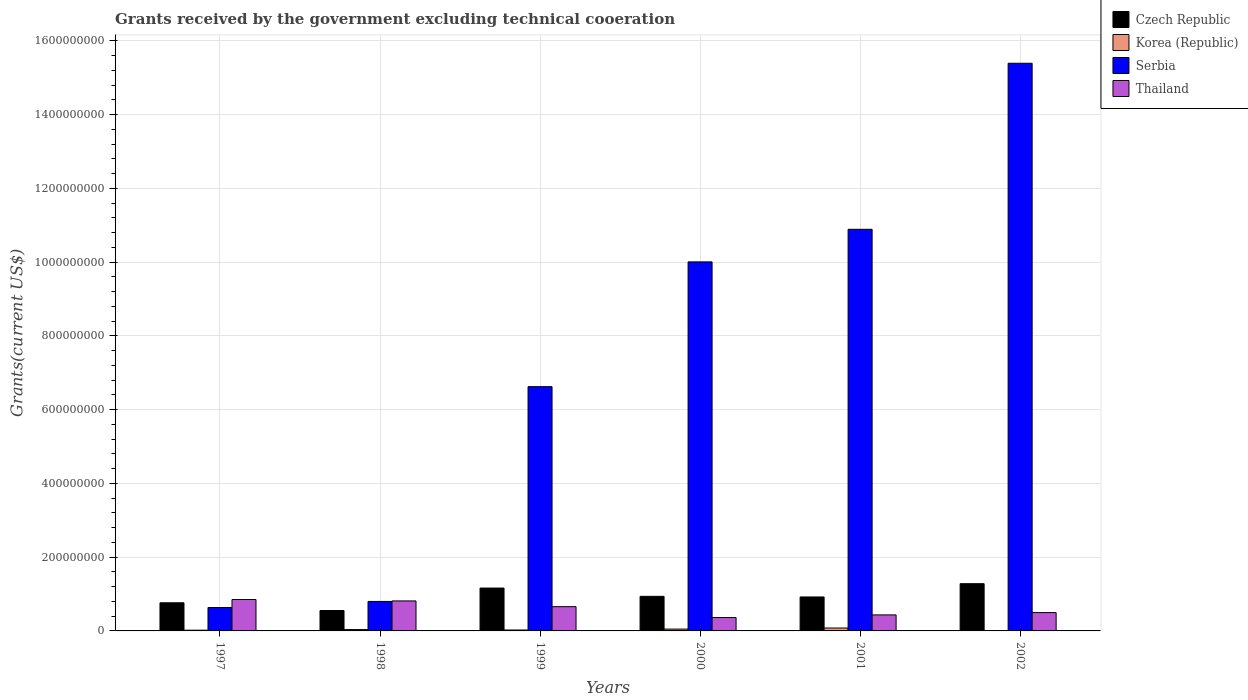
| Years | Czech Republic | Korea (Republic) | Serbia | Thailand |
 | --- | --- | --- | --- | --- |
 | 1997 | 7.63e+07 | 1.95e+06 | 6.35e+07 | 8.52e+07 |
 | 1998 | 5.54e+07 | 3.65e+06 | 8e+07 | 8.13e+07 |
 | 1999 | 1.16e+08 | 2.48e+06 | 6.62e+08 | 6.57e+07 |
 | 2000 | 9.38e+07 | 4.97e+06 | 1e+09 | 3.63e+07 |
 | 2001 | 9.21e+07 | 7.85e+06 | 1.09e+09 | 4.34e+07 |
 | 2002 | 1.28e+08 | 6.3e+05 | 1.54e+09 | 4.97e+07 |